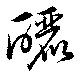
釃